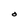
Character: O